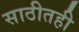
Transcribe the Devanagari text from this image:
साठीतही